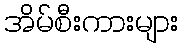
အိမ်စီးကားများ